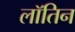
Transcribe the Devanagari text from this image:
लॉतिन